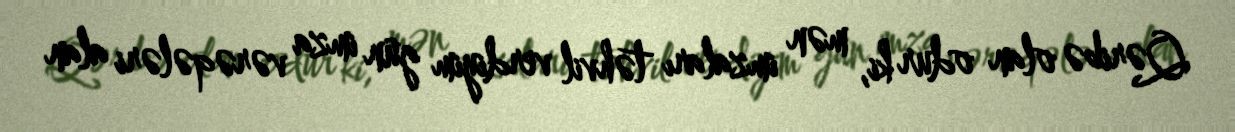
Qəribə olan odur ki, mən imzaları təhvil verdiyim gün imza vərəqələri alan